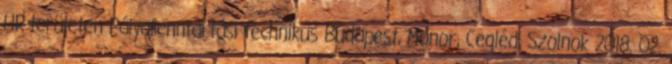
HR-területen Pályafenntartási technikus Budapest, Monor, Cegléd, Szolnok 2018. 02.